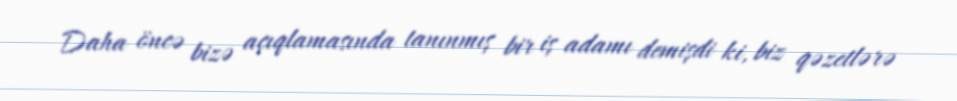
Daha öncə bizə açıqlamasında tanınmış bir iş adamı demişdi ki, biz qəzetlərə